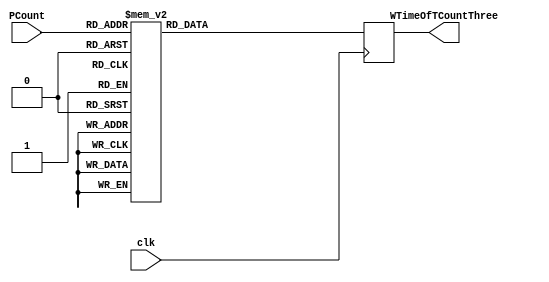
`timescale 1ns / 1ps
//////////////////////////////////////////////////////////////////////////////////
// Company: 
// Engineer: 
// 
// Design Name: 
// Module Name: MemTCountOne
// Project Name: 
// Target Devices: 
// Tool Versions: 
// Description: 
// 
// Dependencies: 
// 
// Revision:
// Revision 0.01 - File Created
// Additional Comments:
// 
//////////////////////////////////////////////////////////////////////////////////


module MemTCountThree(
    input clk,
    input [2:0] PCount,
    output reg [4:0]  WTimeOfTCountThree
    );
    
   always @(posedge clk)
   begin
   case (PCount)
   
   3'b000:WTimeOfTCountThree=5'b00010;
   3'b001:WTimeOfTCountThree=5'b00011;
   3'b010:WTimeOfTCountThree=5'b00100;
   3'b011:WTimeOfTCountThree=5'b00101;
   3'b100:WTimeOfTCountThree=5'b00110;
   3'b101:WTimeOfTCountThree=5'b00111;
   3'b110:WTimeOfTCountThree=5'b01000;
   3'b111:WTimeOfTCountThree=5'b01001;
   default:WTimeOfTCountThree=5'b00000;
   
   
   
   endcase 
   end
endmodule